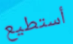
أستطيع